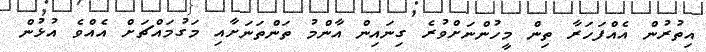
އިތުރުން އެއްފަހަރާ ތިން މީހުންނަށްވުރެ ގިނައިން އާންމު ތަންތަނަށާއި މަގުމައްޗަށް އެއްވެ އުޅުން